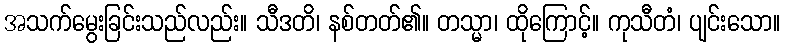
အသက်မွေးခြင်းသည်လည်း။ သီဒတိ၊ နစ်တတ်၏။ တသ္မာ၊ ထိုကြောင့်။ ကုသီတံ၊ ပျင်းသော။